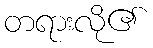
တရားလို၏